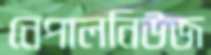
নেপালনিউজ